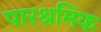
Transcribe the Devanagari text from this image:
पारश्रमिक